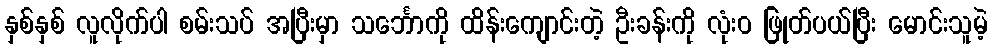
နှစ်နှစ် လူလိုက်ပါ စမ်းသပ် အပြီးမှာ သင်္ဘောကို ထိန်းကျောင်းတဲ့ ဦးခန်းကို လုံးဝ ဖြုတ်ပယ်ပြီး မောင်းသူမဲ့